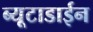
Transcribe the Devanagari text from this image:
ब्यूटाडाईन